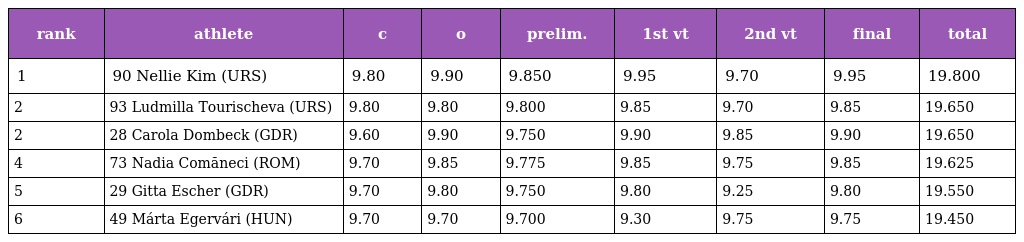
| rank | athlete | c | o | prelim. | 1st vt | 2nd vt | final | total |
 | --- | --- | --- | --- | --- | --- | --- | --- | --- |
 | 1 | 90 Nellie Kim (URS) | 9.80 | 9.90 | 9.850 | 9.95 | 9.70 | 9.95 | 19.800 |
 | 2 | 93 Ludmilla Tourischeva (URS) | 9.80 | 9.80 | 9.800 | 9.85 | 9.70 | 9.85 | 19.650 |
 | 2 | 28 Carola Dombeck (GDR) | 9.60 | 9.90 | 9.750 | 9.90 | 9.85 | 9.90 | 19.650 |
 | 4 | 73 Nadia Comăneci (ROM) | 9.70 | 9.85 | 9.775 | 9.85 | 9.75 | 9.85 | 19.625 |
 | 5 | 29 Gitta Escher (GDR) | 9.70 | 9.80 | 9.750 | 9.80 | 9.25 | 9.80 | 19.550 |
 | 6 | 49 Márta Egervári (HUN) | 9.70 | 9.70 | 9.700 | 9.30 | 9.75 | 9.75 | 19.450 |